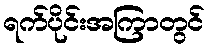
ရက်ပိုင်းအကြာတွင်